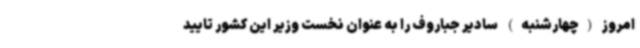
امروز (چهارشنبه) سادیر جباروف را به عنوان نخست وزیر این کشور تایید